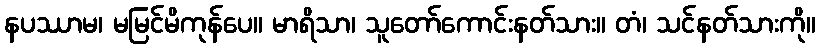
နပဿာမ၊ မမြင်မိကုန်ပေ။ မာရိသာ၊ သူတော်ကောင်းနတ်သား။ တံ၊ သင်နတ်သားကို။